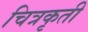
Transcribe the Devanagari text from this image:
चित्रकृती